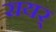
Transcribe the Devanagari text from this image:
रायर्